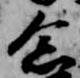
念